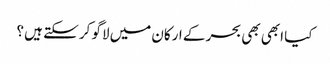
کیا ابھی بھی بحر کے ارکان میں لاگو کر سکتے ہیں ؟